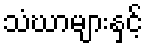
သံဃာများနှင့်